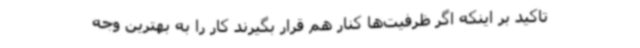
تاکید بر اینکه اگر ظرفیت‌ها کنار هم قرار بگیرند کار را به بهترین وجه